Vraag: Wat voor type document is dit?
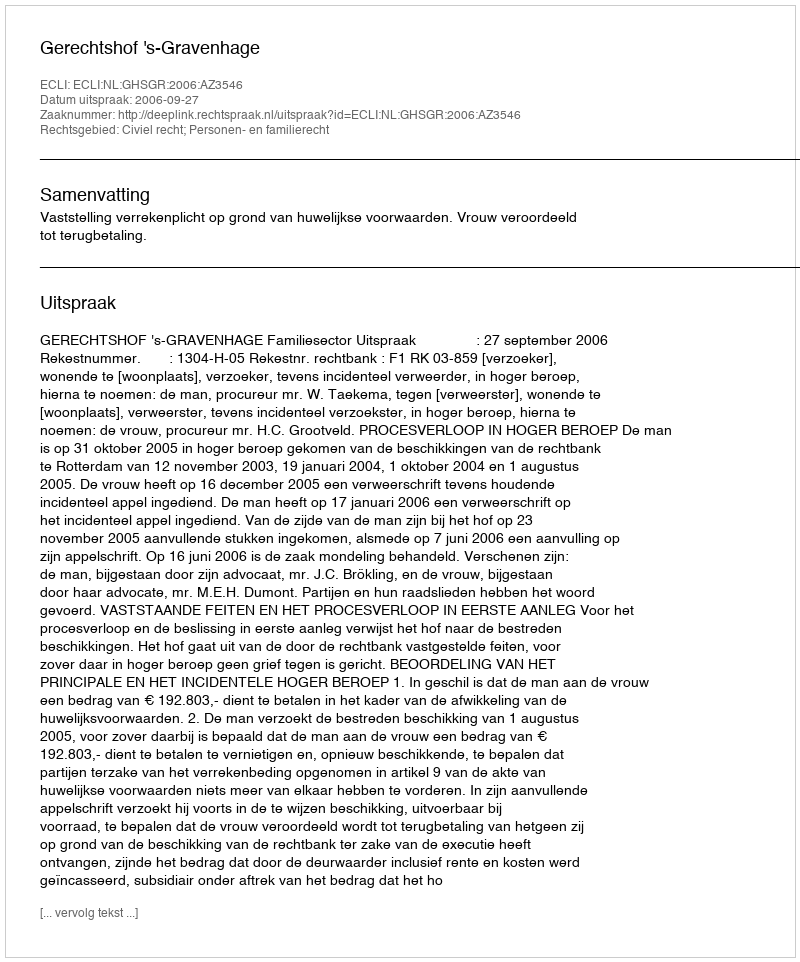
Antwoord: Uitspraak